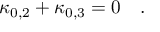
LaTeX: \kappa _ { 0 , 2 } + \kappa _ { 0 , 3 } = 0 \quad .